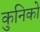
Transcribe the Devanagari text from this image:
कुनिको